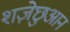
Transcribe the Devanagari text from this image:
शज़ेछुआन